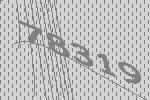
78319